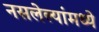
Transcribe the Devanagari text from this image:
नसलेल्यांमध्ये